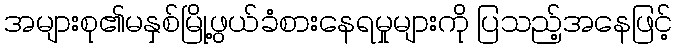
အများစု၏မနှစ်မြို့ဖွယ်ခံစားနေရမှုများကို ပြသည့်အနေဖြင့်